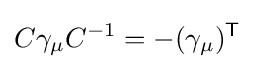
C\gamma _{\mu }C^{-1}=-(\gamma _{\mu })^{\textsf {T}}